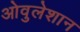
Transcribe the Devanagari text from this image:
ओवुलेशान